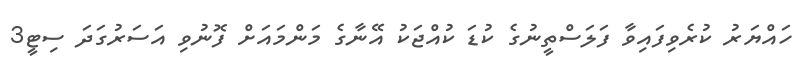
ހައްޔަރު ކުރެވިފައިވާ ފަލަސްތީނުގެ ކުޑަ ކުއްޖަކު އޭނާގެ މަންމައަށް ފޮނުވި އަސަރުގަދަ ސިޓީ3